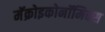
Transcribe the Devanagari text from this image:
मॅक्रोइकोनॉमिक्स